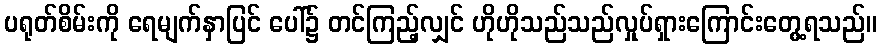
ပရုတ်စိမ်းကို ရေမျက်နှာပြင် ပေါ်၌ တင်ကြည့်လျှင် ဟိုဟိုသည်သည်လှုပ်ရှားကြောင်းတွေ့ရသည်။